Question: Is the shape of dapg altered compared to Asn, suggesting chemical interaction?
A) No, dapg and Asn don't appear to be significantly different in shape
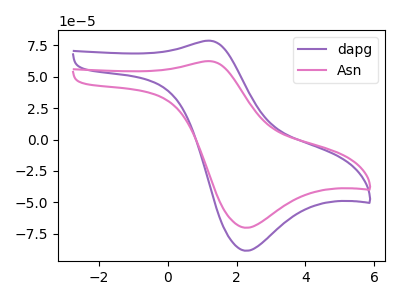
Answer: <think>The purple curve "dapg" has an anodic peak at (1.25V, 78.70uA) and a cathodic peak at (2.25V, -88.50uA). The pink curve "Asn" has an anodic peak at (1.25V, 62.40uA) and a cathodic peak at (2.25V, -70.20uA).
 All the peaks in "dapg" have a peak in "Asn" at the same potential. Every peak in "dapg" is higher than every peak in "Asn".</think>
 <answer>A) No, "dapg" and "Asn" don't appear to be significantly different in shape</answer>
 <eval>A</eval>